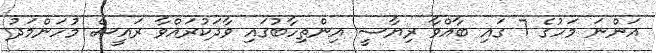
އަންނަ މަހުގެ 7 ގައި ބާއްވާ ރިޔާސީ އިންތިހާބުގައި ވާދަކުރައްވާ ރައީސް މުހަންމަދު